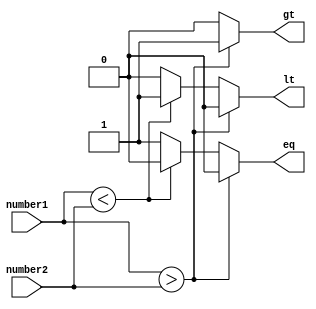
module signed_comparator(
    input signed [7:0] number1,
    input signed [7:0] number2,
    output reg gt,
    output reg lt,
    output reg eq
);

always @(*) begin
    if (number1 > number2) begin
        gt = 1;
        lt = 0;
        eq = 0;
    end else if (number1 < number2) begin
        gt = 0;
        lt = 1;
        eq = 0;
    end else begin
        gt = 0;
        lt = 0;
        eq = 1;
    end
end

endmodule